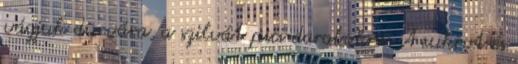
vágjuk durvára, a szilvát pici darabokra. A cukrot és